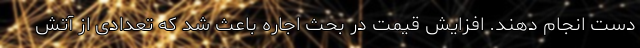
دست انجام دهند. افزایش قیمت در بحث اجاره باعث شد که تعدادی از آتش